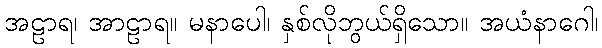
အဠာရ၊ အာဠာရ။ မနာပေါ၊ နှစ်လိုဘွယ်ရှိသော။ အယံနာဂေါ၊